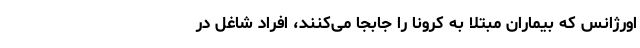
اورژانس که بیماران مبتلا به کرونا را جابجا می‌کنند، افراد شاغل در